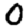
Digit: 0